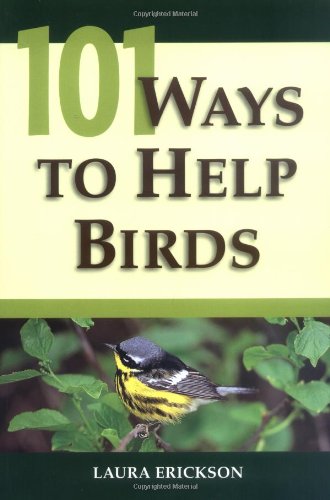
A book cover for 101 Ways To Help Birds; Laura Erickson; Science & Math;